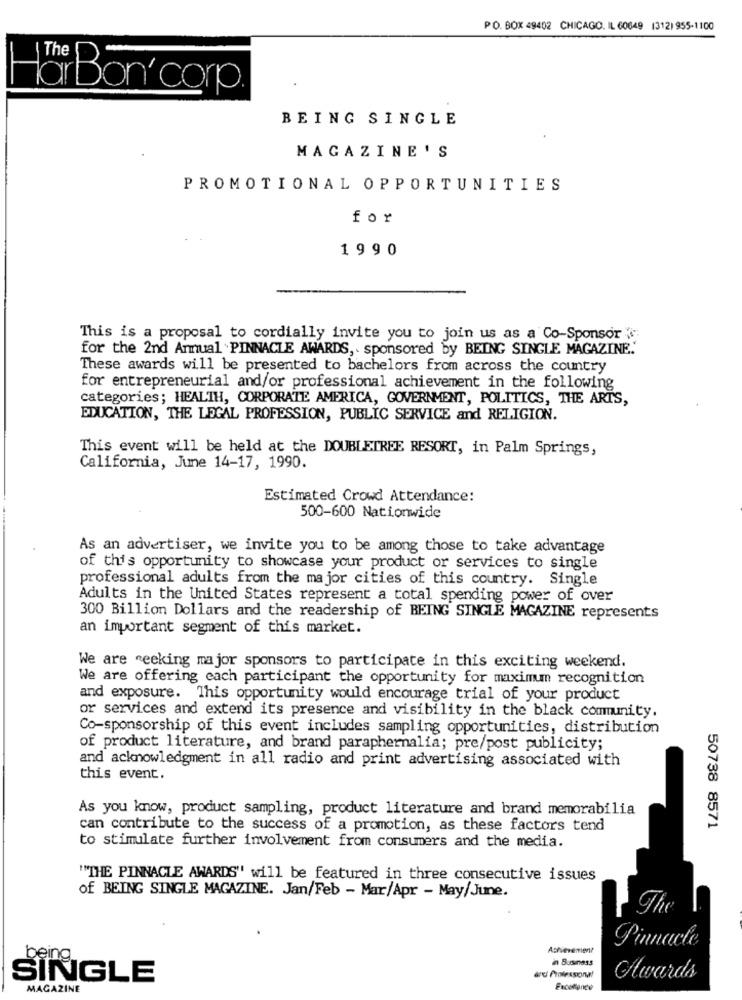
PO. BOX 49402 CHICAGO, IL 60649 (312) 955-1100
bi Bon'corp.
BEING SINGLE
MAGAZINE'S
PROMOTIONAL OPPORTUNITIES
for
1990
This is a proposal to cordially invite you to join us as a Co-Sponsor
for the 2nd Armual PINNACLE AWARDS, . sponsored by BEING SINGLE MAGAZINE."
These awards will be presented to bachelors from across the country
for entrepreneurial and/or professional achievement in the following
categories; HEALTH, CORPORATE AMERICA, GOVERNMENT, POLITICS, THE ARTS,
EDUCATION, THE LEGAL PROFESSION, PUBLIC SERVICE and RELIGION.
This event will be held at the DOUBLETREE RESORT, in Palm Springs,
California, June 14-17, 1990.
Estimated Crowd Attendance:
500-600 Nationwide
As an advertiser, we invite you to be among those to take advantage
of this opportunity to showcase your product or services to single
professional adults from the major cities of this country. Single
Adults in the United States represent a total spending power of over
300 Billion Dollars and the readership of BEING SINGLE MAGAZINE represents
an important segment of this market.
We are seeking major sponsors to participate in this exciting weekend.
We are offering each participant the opportunity for maximum recognition
and exposure. This opportunity would encourage trial of your product
or services and extend its presence and visibility in the black community.
Co-sponsorship of this event includes sampling opportunities, distribution
of product literature, and brand paraphernalia; pre/post publicity;
and acknowledgment in all radio and print advertising associated with
this event.
As you know, product sampling, product literature and brand memorabilia
can contribute to the success of a promotion, as these factors tend
50738 8571
to stimulate further involvement from consumers and the media.
""THE PINNACLE AWARDS" will be featured in three consecutive issues
of BEING SINGLE MAGAZINE. Jan/Feb - Mar/Apr - May/June.
The
Achievement?
Pinnacle
being
in Business
SINGLE
and Professional
Awards
MAGAZINE
Excellence